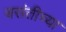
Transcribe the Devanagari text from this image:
बसंतीच्या